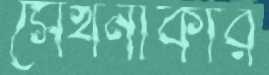
সেখনাকার